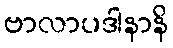
ဗာလာပဒါနာနိ